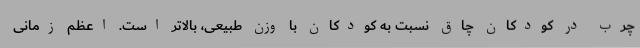
چرب در کودکان چاق نسبت به کودکان با وزن طبیعی، بالاتر است. اعظم زمانی